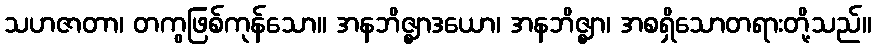
သဟဇာတာ၊ တကွဖြစ်ကုန်သော။ အနဘိဇ္ဈာဒယော၊ အနဘိဇ္ဈာ၊ အစရှိသောတရားတို့သည်။